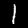
Label: 1